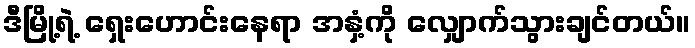
ဒီမြို့ရဲ့ ရှေးဟောင်းနေရာ အနှံ့ကို လျှောက်သွားချင်တယ်။